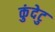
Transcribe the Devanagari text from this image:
कुंदेटु